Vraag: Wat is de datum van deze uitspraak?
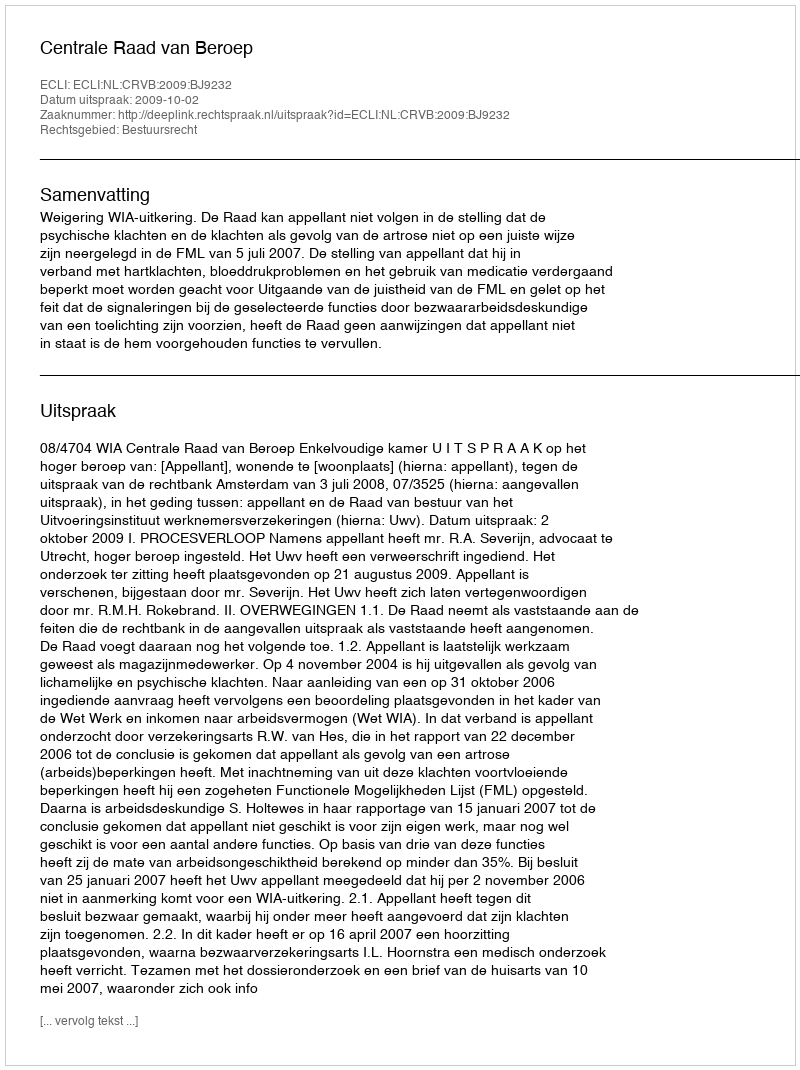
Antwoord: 2009-10-02